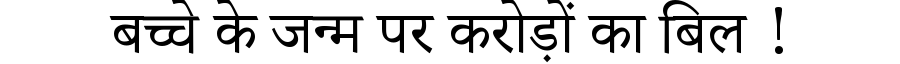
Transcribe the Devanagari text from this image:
बच्चे के जन्म पर करोड़ों का बिल !